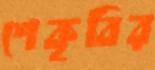
শেকৃবির